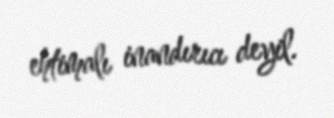
ehtimalı inandırıcı deyil.